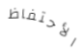
الأحتفاظ